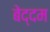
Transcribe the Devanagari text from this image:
बेद्दम